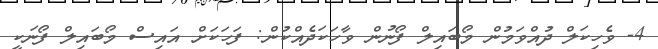
4- ވެހިކަލް ދުއްވަމުން މޯބައިލް ފޯނުން ވާހަކަދެއްކުން: ފަހަކަށް އައިސް މޯބައިލް ފޯނަކީ